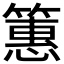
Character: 𫂠